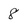
Character: 8